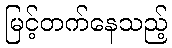
မြင့်တက်နေသည့်